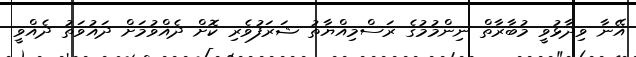
އޭނާ ވިދާޅުވީ މުބާރާތް ނިންމުމުގެ ރަސްމިއްޔާތު ޝަރަފުވެރި ކޮށް ދެއްވުމަށް ދައުވަތު ދެއްވީ